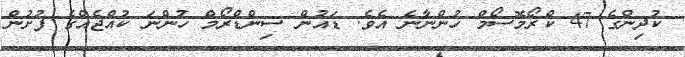
ކުދިންގެ 47 ކްރޯމޮސޯމް ހުންނާނެ އެވެ. ޑައުން ސިންޑްރޯމް ހުންނަ ކުއްޖެއްގެ ފުށުން